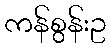
ကန်စွန်းဥ